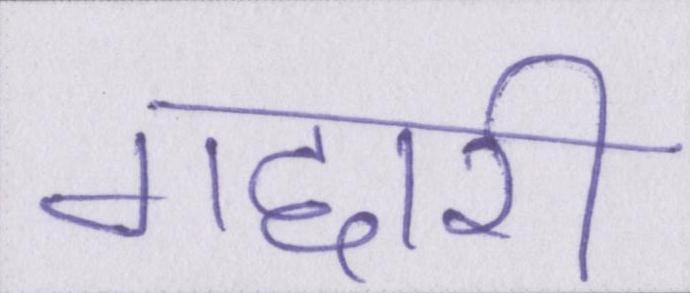
गद्दारी